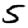
Digit: 5